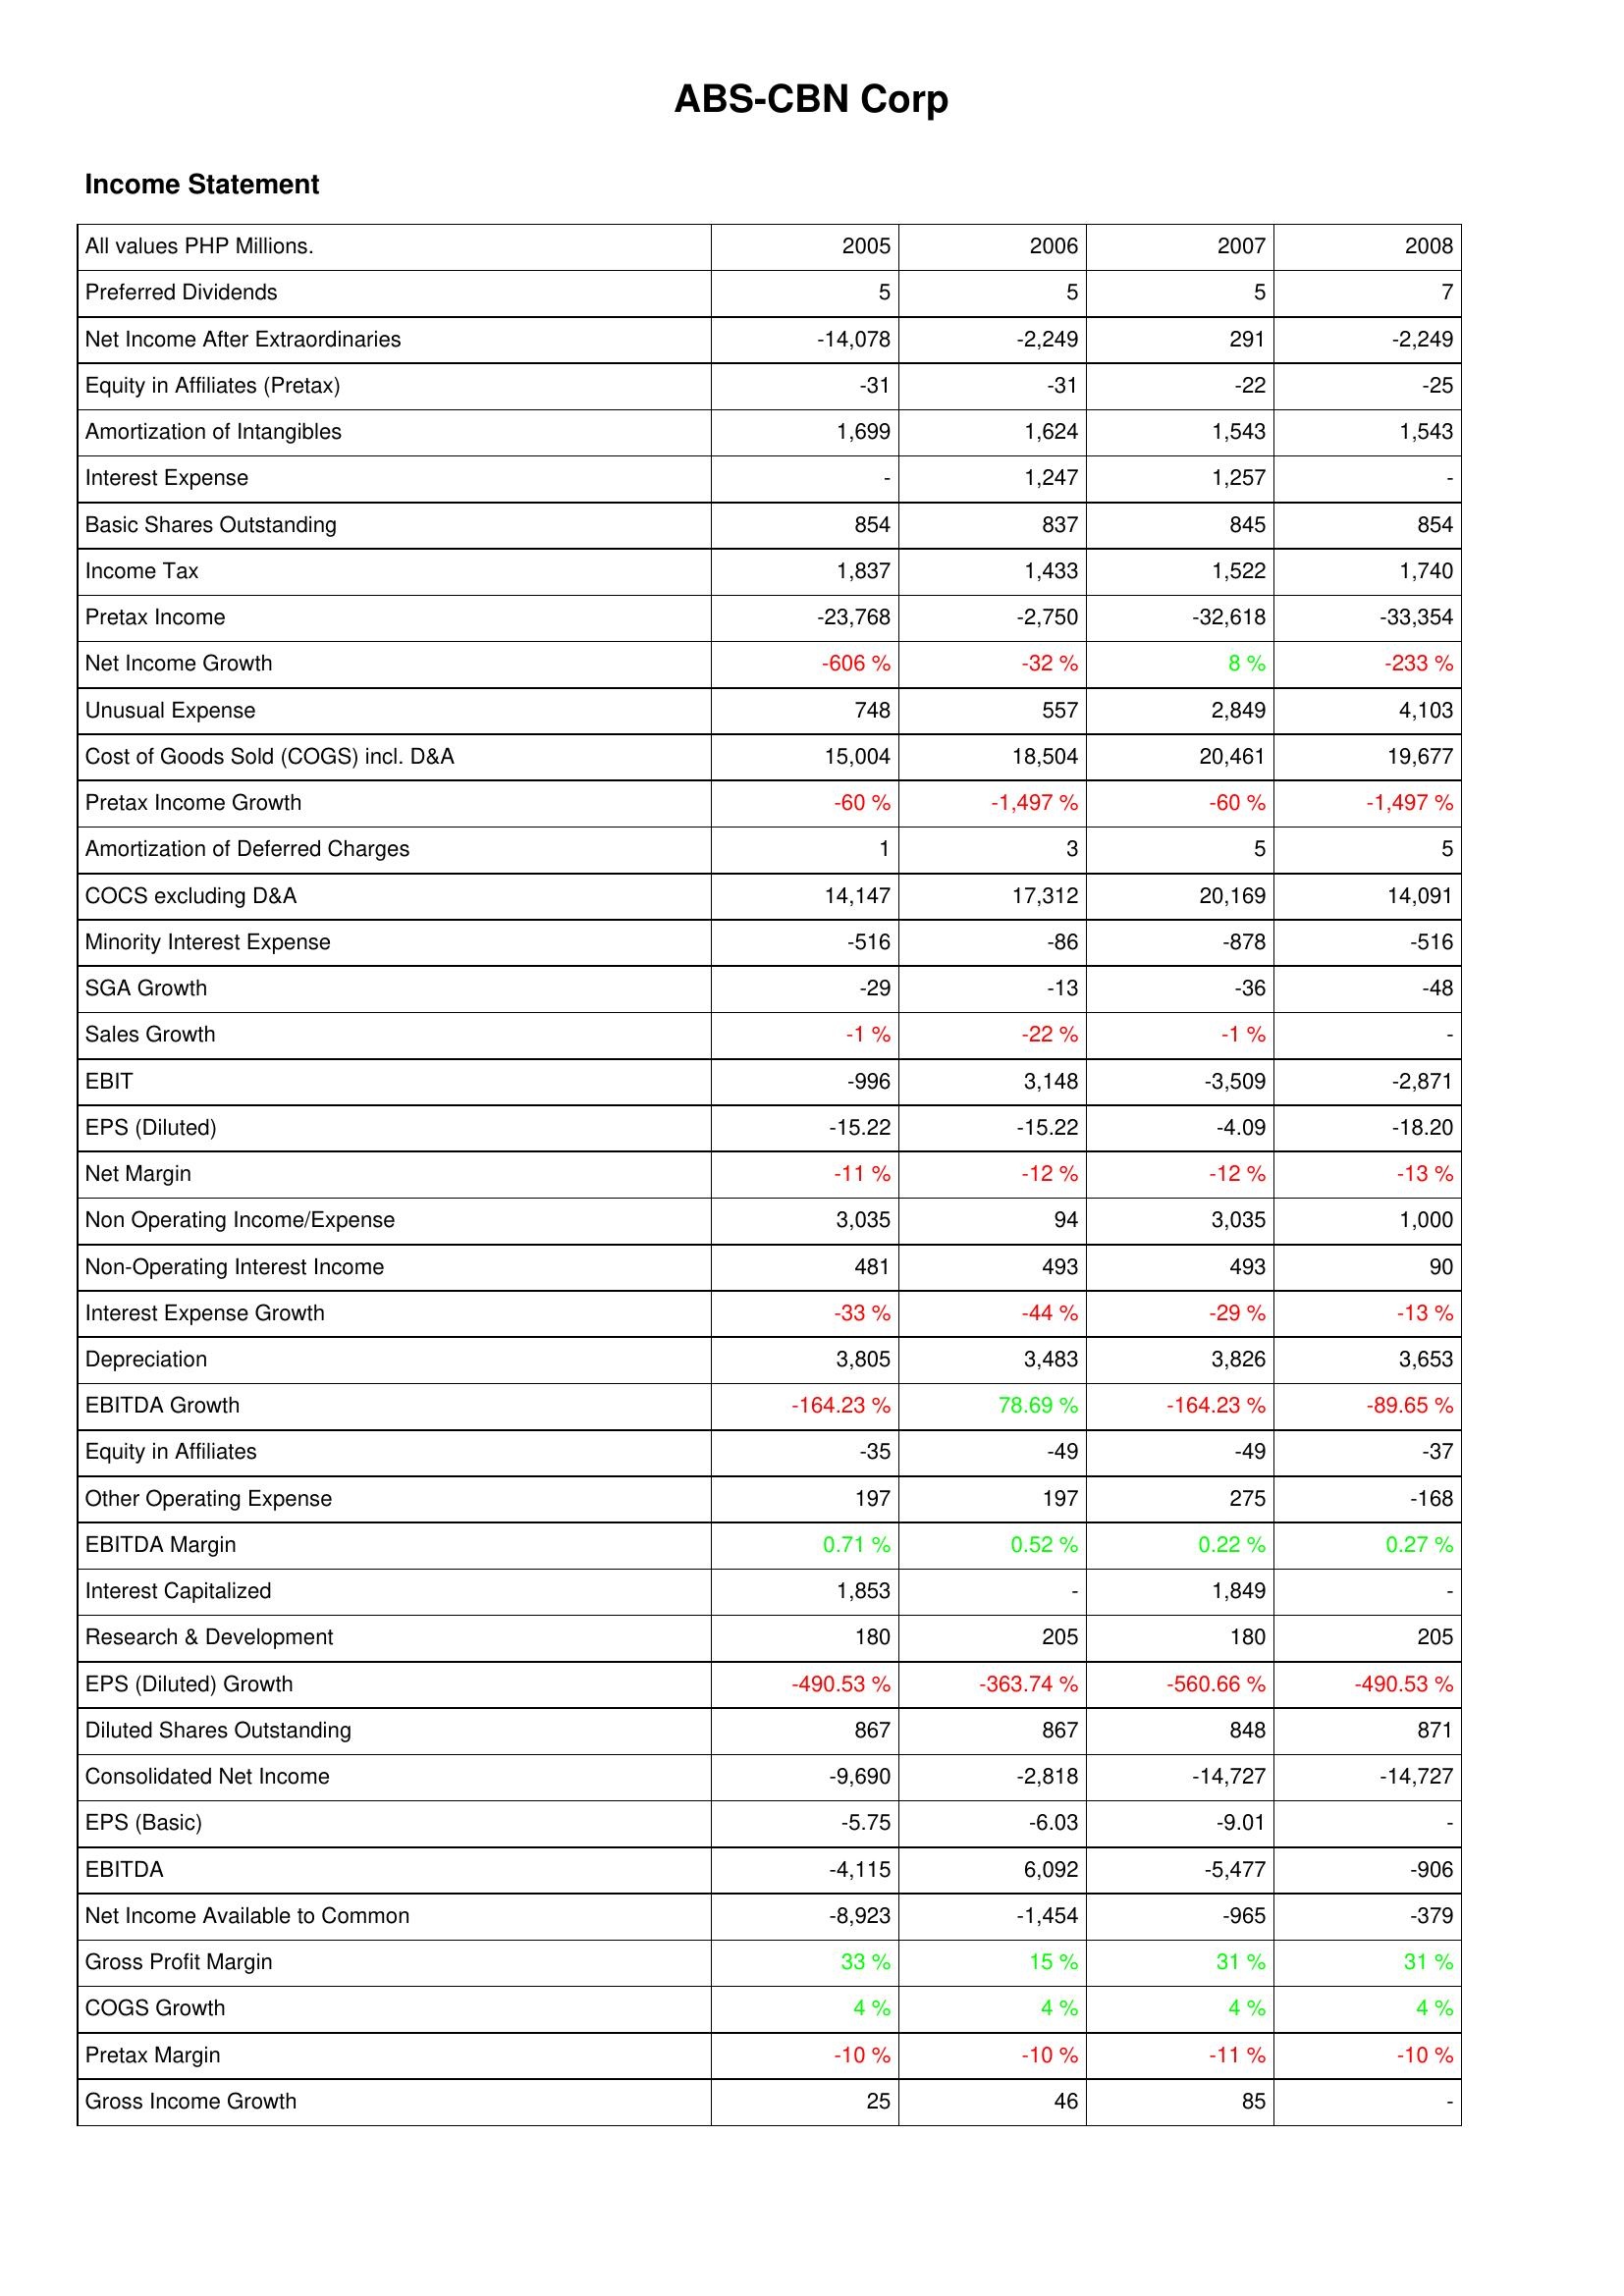
2005: Income Statement: Preferred Dividends: 5
Net Income After Extraordinaries: -14,078
Equity in Affiliates (Pretax): -31
Amortization of Intangibles: 1,699
Interest Expense: -
Basic Shares Outstanding: 854
Income Tax: 1,837
Pretax Income: -23,768
Net Income Growth: -606 %
Unusual Expense: 748
Cost of Goods Sold (COGS) incl. D&A: 15,004
Pretax Income Growth: -60 %
Amortization of Deferred Charges: 1
COCS excluding D&A: 14,147
Minority Interest Expense: -516
SGA Growth: -29
Sales Growth: -1 %
EBIT: -996
EPS (Diluted): -15.22
Net Margin: -11 %
Non Operating Income/Expense: 3,035
Non-Operating Interest Income: 481
Interest Expense Growth: -33 %
Depreciation: 3,805
EBITDA Growth: -164.23 %
Equity in Affiliates: -35
Other Operating Expense: 197
EBITDA Margin: 0.71 %
Interest Capitalized: 1,853
Research & Development: 180
EPS (Diluted) Growth: -490.53 %
Diluted Shares Outstanding: 867
Consolidated Net Income: -9,690
EPS (Basic): -5.75
EBITDA: -4,115
Net Income Available to Common: -8,923
Gross Profit Margin: 33 %
COGS Growth: 4 %
Pretax Margin: -10 %
Gross Income Growth: 25
2006: Income Statement: Preferred Dividends: 5
Net Income After Extraordinaries: -2,249
Equity in Affiliates (Pretax): -31
Amortization of Intangibles: 1,624
Interest Expense: 1,247
Basic Shares Outstanding: 837
Income Tax: 1,433
Pretax Income: -2,750
Net Income Growth: -32 %
Unusual Expense: 557
Cost of Goods Sold (COGS) incl. D&A: 18,504
Pretax Income Growth: -1,497 %
Amortization of Deferred Charges: 3
COCS excluding D&A: 17,312
Minority Interest Expense: -86
SGA Growth: -13
Sales Growth: -22 %
EBIT: 3,148
EPS (Diluted): -15.22
Net Margin: -12 %
Non Operating Income/Expense: 94
Non-Operating Interest Income: 493
Interest Expense Growth: -44 %
Depreciation: 3,483
EBITDA Growth: 78.69 %
Equity in Affiliates: -49
Other Operating Expense: 197
EBITDA Margin: 0.52 %
Interest Capitalized: -
Research & Development: 205
EPS (Diluted) Growth: -363.74 %
Diluted Shares Outstanding: 867
Consolidated Net Income: -2,818
EPS (Basic): -6.03
EBITDA: 6,092
Net Income Available to Common: -1,454
Gross Profit Margin: 15 %
COGS Growth: 4 %
Pretax Margin: -10 %
Gross Income Growth: 46
2007: Income Statement: Preferred Dividends: 5
Net Income After Extraordinaries: 291
Equity in Affiliates (Pretax): -22
Amortization of Intangibles: 1,543
Interest Expense: 1,257
Basic Shares Outstanding: 845
Income Tax: 1,522
Pretax Income: -32,618
Net Income Growth: 8 %
Unusual Expense: 2,849
Cost of Goods Sold (COGS) incl. D&A: 20,461
Pretax Income Growth: -60 %
Amortization of Deferred Charges: 5
COCS excluding D&A: 20,169
Minority Interest Expense: -878
SGA Growth: -36
Sales Growth: -1 %
EBIT: -3,509
EPS (Diluted): -4.09
Net Margin: -12 %
Non Operating Income/Expense: 3,035
Non-Operating Interest Income: 493
Interest Expense Growth: -29 %
Depreciation: 3,826
EBITDA Growth: -164.23 %
Equity in Affiliates: -49
Other Operating Expense: 275
EBITDA Margin: 0.22 %
Interest Capitalized: 1,849
Research & Development: 180
EPS (Diluted) Growth: -560.66 %
Diluted Shares Outstanding: 848
Consolidated Net Income: -14,727
EPS (Basic): -9.01
EBITDA: -5,477
Net Income Available to Common: -965
Gross Profit Margin: 31 %
COGS Growth: 4 %
Pretax Margin: -11 %
Gross Income Growth: 85
2008: Income Statement: Preferred Dividends: 7
Net Income After Extraordinaries: -2,249
Equity in Affiliates (Pretax): -25
Amortization of Intangibles: 1,543
Interest Expense: -
Basic Shares Outstanding: 854
Income Tax: 1,740
Pretax Income: -33,354
Net Income Growth: -233 %
Unusual Expense: 4,103
Cost of Goods Sold (COGS) incl. D&A: 19,677
Pretax Income Growth: -1,497 %
Amortization of Deferred Charges: 5
COCS excluding D&A: 14,091
Minority Interest Expense: -516
SGA Growth: -48
Sales Growth: -
EBIT: -2,871
EPS (Diluted): -18.20
Net Margin: -13 %
Non Operating Income/Expense: 1,000
Non-Operating Interest Income: 90
Interest Expense Growth: -13 %
Depreciation: 3,653
EBITDA Growth: -89.65 %
Equity in Affiliates: -37
Other Operating Expense: -168
EBITDA Margin: 0.27 %
Interest Capitalized: -
Research & Development: 205
EPS (Diluted) Growth: -490.53 %
Diluted Shares Outstanding: 871
Consolidated Net Income: -14,727
EPS (Basic): -
EBITDA: -906
Net Income Available to Common: -379
Gross Profit Margin: 31 %
COGS Growth: 4 %
Pretax Margin: -10 %
Gross Income Growth: -